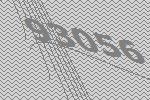
93056